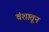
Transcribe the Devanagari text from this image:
वंशातून